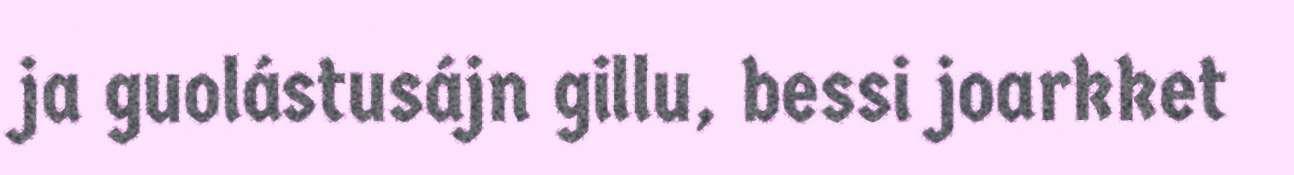
ja guolástusájn gillu, bessi joarkket